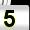
Digit: 5